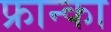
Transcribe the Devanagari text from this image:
फ्रान्का